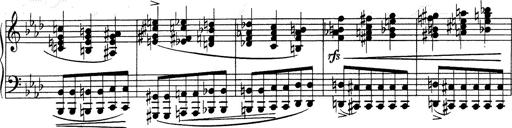
Title: Weinen, Klagen, Sorgen, Zagen
Composer: Franz Liszt